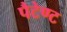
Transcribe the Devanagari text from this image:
पैटेण्ट